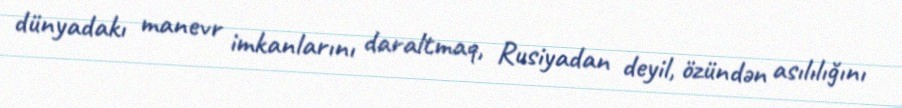
dünyadakı manevr imkanlarını daraltmaq, Rusiyadan deyil, özündən asılılığını